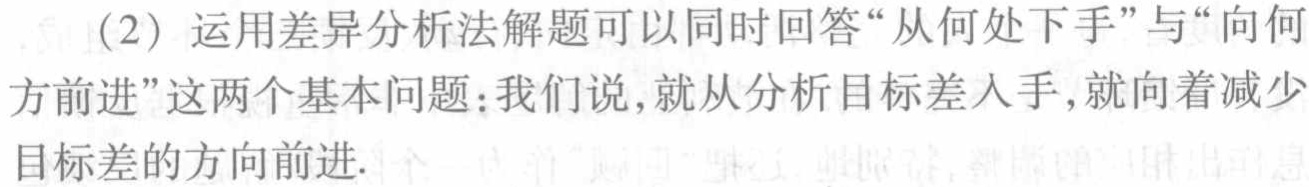
（2）运用差异分析法解题可以同时回答“从何处下手”与“向何
方前进”这两个基本问题：我们说，就从分析目标差入手，就向着减少
目标差的方向前进.